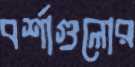
বর্শাগুলোর